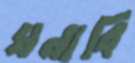
ঘনাবি